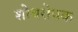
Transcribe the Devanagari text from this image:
शोथरोधक